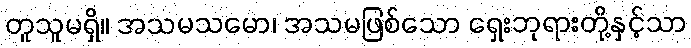
တူသူမရှိ။ အသမသမော၊ အသမဖြစ်သော ရှေးဘုရားတို့နှင့်သာ